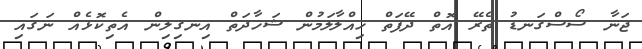
ޖަނާ ސޯސްގަނޑު ތެރޭ އޮތް ދޭފަތް ހިއްލާލަމުން ޝަހާދަތް އިނގިލިން އެތިކޮޅެއް ނަގައި